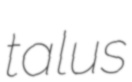
talus